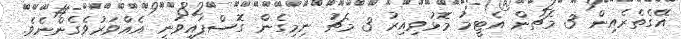
އޭގެތެރެއިން 3 މެޗުން އެޓީމު މޮޅުވިއިރު 3 މެޗު ނިމިގެން ގޮސްފައިވަނީ އެއްވަރުވެގެންނެވެ.